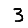
Digit: 3